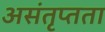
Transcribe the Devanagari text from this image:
असंतृप्तता